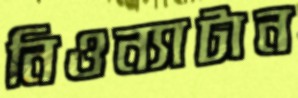
নিওন্যাটান